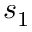
s _ { 1 }